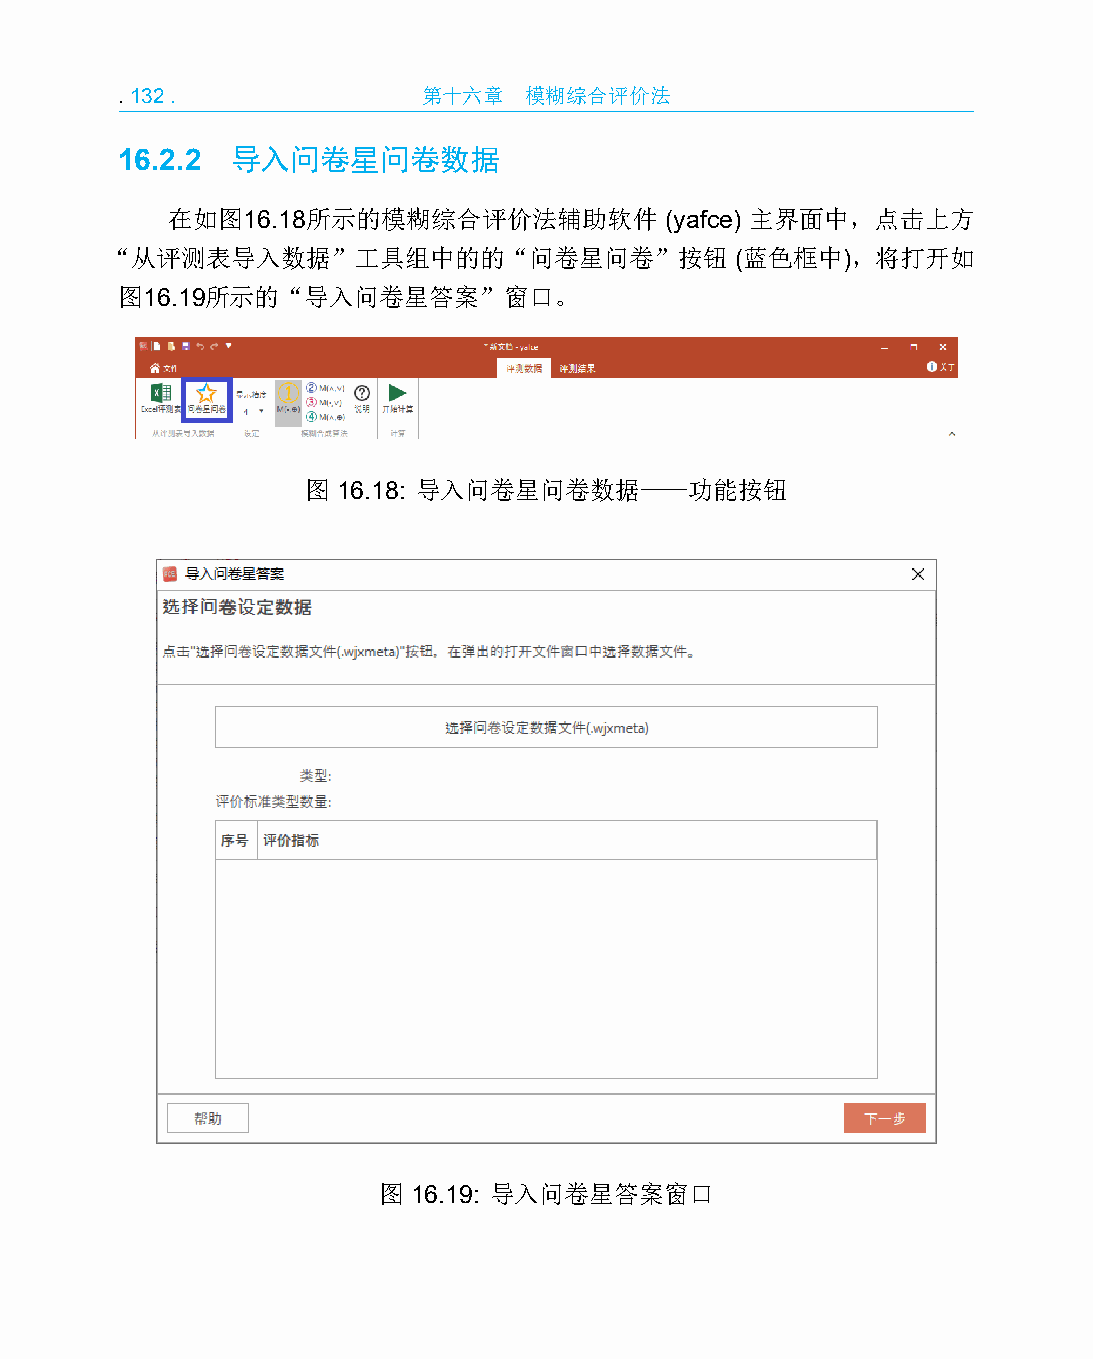
.132.               第十六章   模糊综合评价法
 16.2.2 导入问卷星问卷数据
 在如图16.18所示的模糊综合评价法辅助软件           (yafce) 主界面中，点击上方
 “从评测表导入数据”工具组中的的“问卷星问卷”按钮                 (蓝色框中)，将打开如
 图16.19所示的“导入问卷星答案”窗口。
 图 16.18: 导入问卷星问卷数据——功能按钮
 图 16.19: 导入问卷星答案窗口